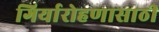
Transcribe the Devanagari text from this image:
गिर्यारोहणासाठी